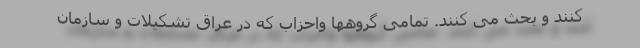
کنند و بحث می کنند. تمامی گروهها واحزاب که در عراق تشکیلات و سازمان